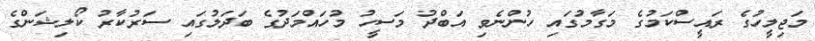
މަޖިލީހުގެ ރައީސްކަމުގެ މަގާމުގައި ހުންނެވި އަބްދު މަސީހު މުހައްމަދުގެ ބަދަލުގައި ސަރުކާރު ކޯލިޝަންގެ